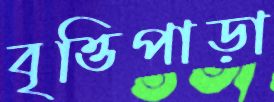
বৃত্তিপাড়া